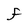
Character: f